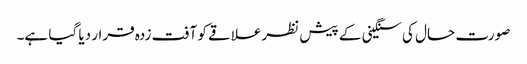
صورت حال کی سنگینی کے پیش نظرعلاقے کو آفت زدہ قرار دیا گیا ہے۔